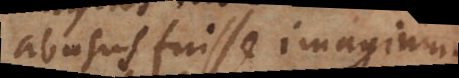
absusus fuisse imaginum,